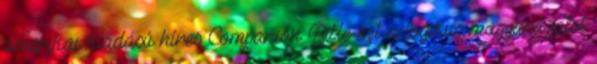
amerikai kiadású híres Companion Bible ezt a logikus magyarázatot